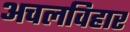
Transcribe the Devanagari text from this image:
अचलविहार